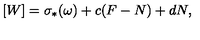
[ W ] = \sigma _ { * } ( \omega ) + c ( F - N ) + d N ,